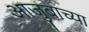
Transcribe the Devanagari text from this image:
आजुबाच्या